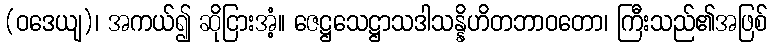
(ဝဒေယျ)၊ အကယ်၍ ဆိုငြားအံ့။ ဇေဋ္ဌသေဋ္ဌာသဒါသန္နိဟိတဘာဝတော၊ ကြီးသည်၏အဖြစ်